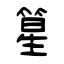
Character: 篂